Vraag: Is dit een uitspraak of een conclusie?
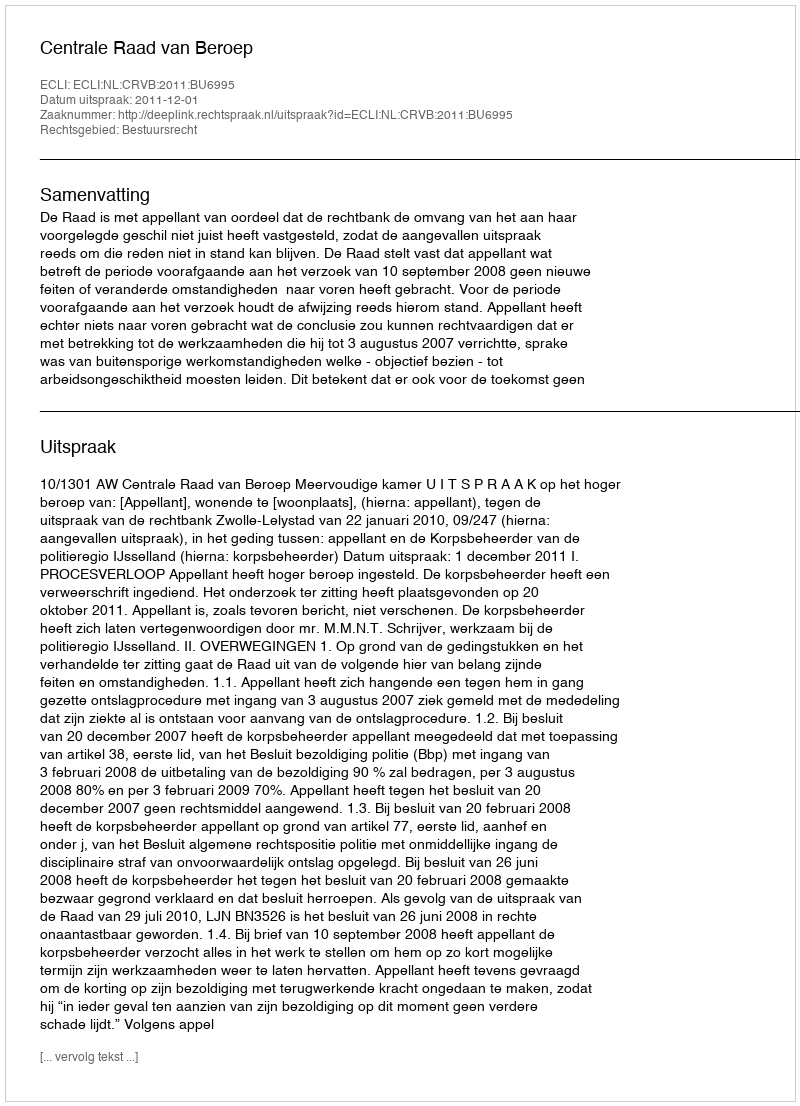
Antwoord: Uitspraak